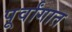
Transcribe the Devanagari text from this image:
पूर्वांगात